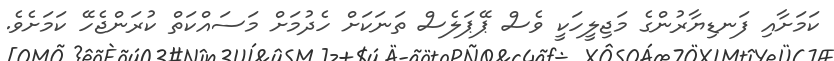
ކަމަށާއި ފަނޑިޔާރުންގެ މަޖިލީހަކީ ވެސް ޕޭޕަލެސް ތަނަކަށް ހެދުމަށް މަސައްކަތް ކުރަންޖެހޭ ކަމަށެވެ.